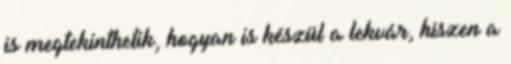
is megtekinthetik, hogyan is készül a lekvár, hiszen a